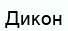
Дикон